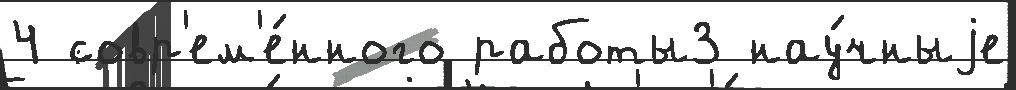
4 совр'ем'е́нного работы3 нау́чныjе